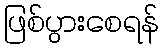
ဖြစ်ပွားစေရန်